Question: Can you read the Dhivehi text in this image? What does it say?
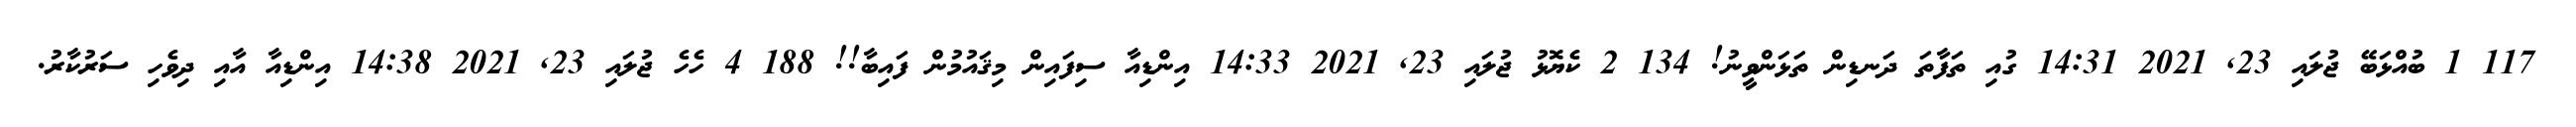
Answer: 117 1 ބުއްޅަބޭ ޖުލައި 23, 2021 14:31 ގުއި ތަފާތަ ދަނޑިން ތަޅަންވީނު! 134 2 ކެޔޮޅު ޖުލައި 23, 2021 14:33 އިންޑިއާ ސިފައިން މިޤައުމުން ފައިބާ!! 188 4 ހެހެ ޖުލައި 23, 2021 14:38 އިންޑިއާ އާއި ދިވެހި ސަރުކާރު.